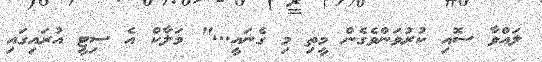
ލައްވާ ސޮއި ކުރުވަންވެގެން މީތި މި ގެނައީ..." މަލާކް އެ ސިޓީ އުރައިގައި